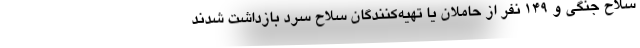
سلاح جنگی و 149 نفر از حاملان یا تهیه‌کنندگان سلاح سرد بازداشت شدند